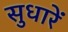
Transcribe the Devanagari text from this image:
सुधारें